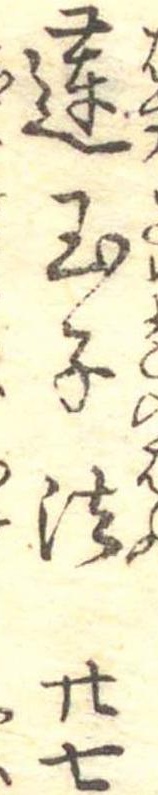
蓮玉子法廿七